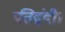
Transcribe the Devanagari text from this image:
प्रतिद्वंदी।